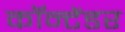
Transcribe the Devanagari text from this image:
कॉन्टेंडर